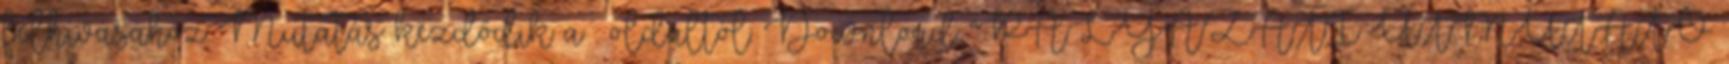
felhívásához Mutatás kezdődik a . oldaltól: Download "PÁLYÁZATI ÚTMUTATÓ